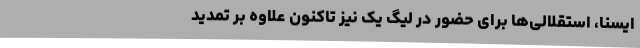
ایسنا، استقلالی‌ها برای حضور در لیگ یک نیز تاکنون علاوه بر تمدید